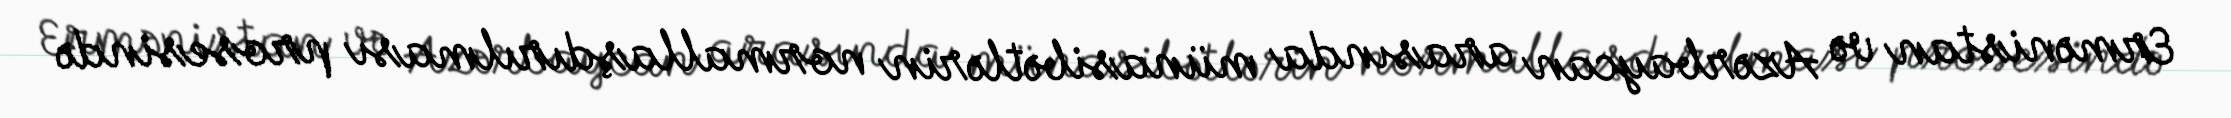
Ermənistan və Azərbaycan arasında münasibətlərin normallaşdırılması prosesində